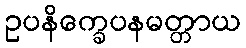
ဥပနိက္ခေပနမတ္တာယ